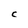
Character: C